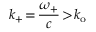
k _ { + } \! = \! \frac { \omega _ { + } } { c } \! > \! k _ { \mathrm { o } }